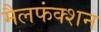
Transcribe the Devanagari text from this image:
मैलफंक्शन